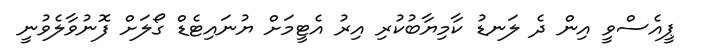
ޕީއެސްވީ އިން ދެ ލަނޑު ކާމިޔާބުކުރި އިރު އެޓީމަަށް ޔުނައިޓެޑް ގޯލަށް ފޮނުވާލެވުނީ